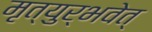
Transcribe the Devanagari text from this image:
मृत्युर्भवेत्